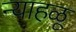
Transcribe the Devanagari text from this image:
न्याहळू